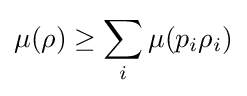
\mu (\rho )\geq \sum _{i}\mu (p_{i}\rho _{i})